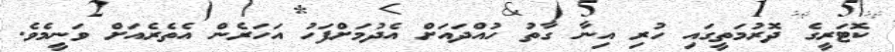
ކޮޓަރީގެ ދޮރުމަތީގައި ހުރި އިނާ ގާތު ހުއްދައަށް އެދުމަށްފަހު އަހަރެން އެތެރެއަށް ވަނީމެވެ.